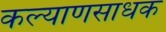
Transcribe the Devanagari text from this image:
कल्याणसाधक